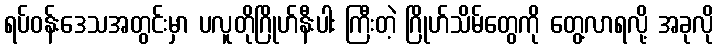
ရပ်ဝန်းဒေသအတွင်းမှာ ပလူတိုဂြိုဟ်နီးပါး ကြီးတဲ့ ဂြိုဟ်သိမ်တွေကို တွေ့လာရလို့ အခုလို